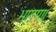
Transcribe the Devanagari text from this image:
भाएगा।